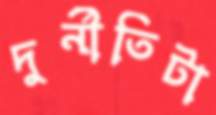
দুর্নীতিটা